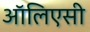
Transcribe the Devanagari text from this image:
ऑलिएसी